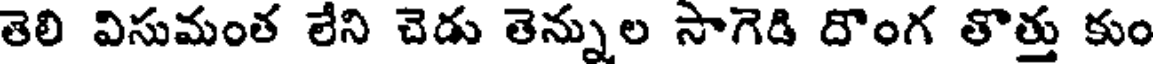
తెలి విసుమంత లేని చెడు తెన్నుల సాగెడి దొంగ తొత్తు కుం